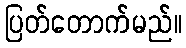
ပြတ်တောက်မည်။